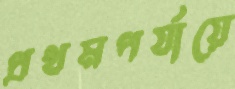
প্রথমপর্যায়ে